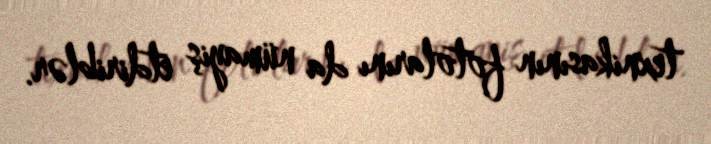
texnikasının fotolarını da nümayiş etdiriblər.